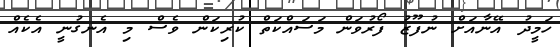
ހަމީދު އޭނާއަށް ނުފޫޒު ފޯރުވަން މަސައްކަތް ކުރިކަން ވެސް މި އެނގުނީ އެކެއް